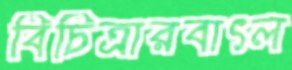
বিচিত্রারবাৎল